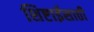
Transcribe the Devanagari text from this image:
शिष्टाईसाठी